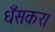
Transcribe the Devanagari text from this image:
धँसकर।